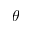
\theta